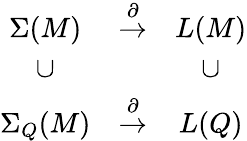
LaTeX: \begin{array}{ccc}{{\Sigma(M)}}&{{\stackrel{\partial}{\to}}}&{{L(M)}}\\ {{\cup}}&{{}}&{{\cup}}\\ {{\Sigma_{Q}(M)}}&{{\stackrel{\partial}{\to}}}&{{L(Q)}}\end{array}